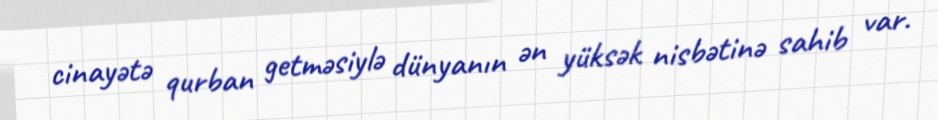
cinayətə qurban getməsiylə dünyanın ən yüksək nisbətinə sahib var.